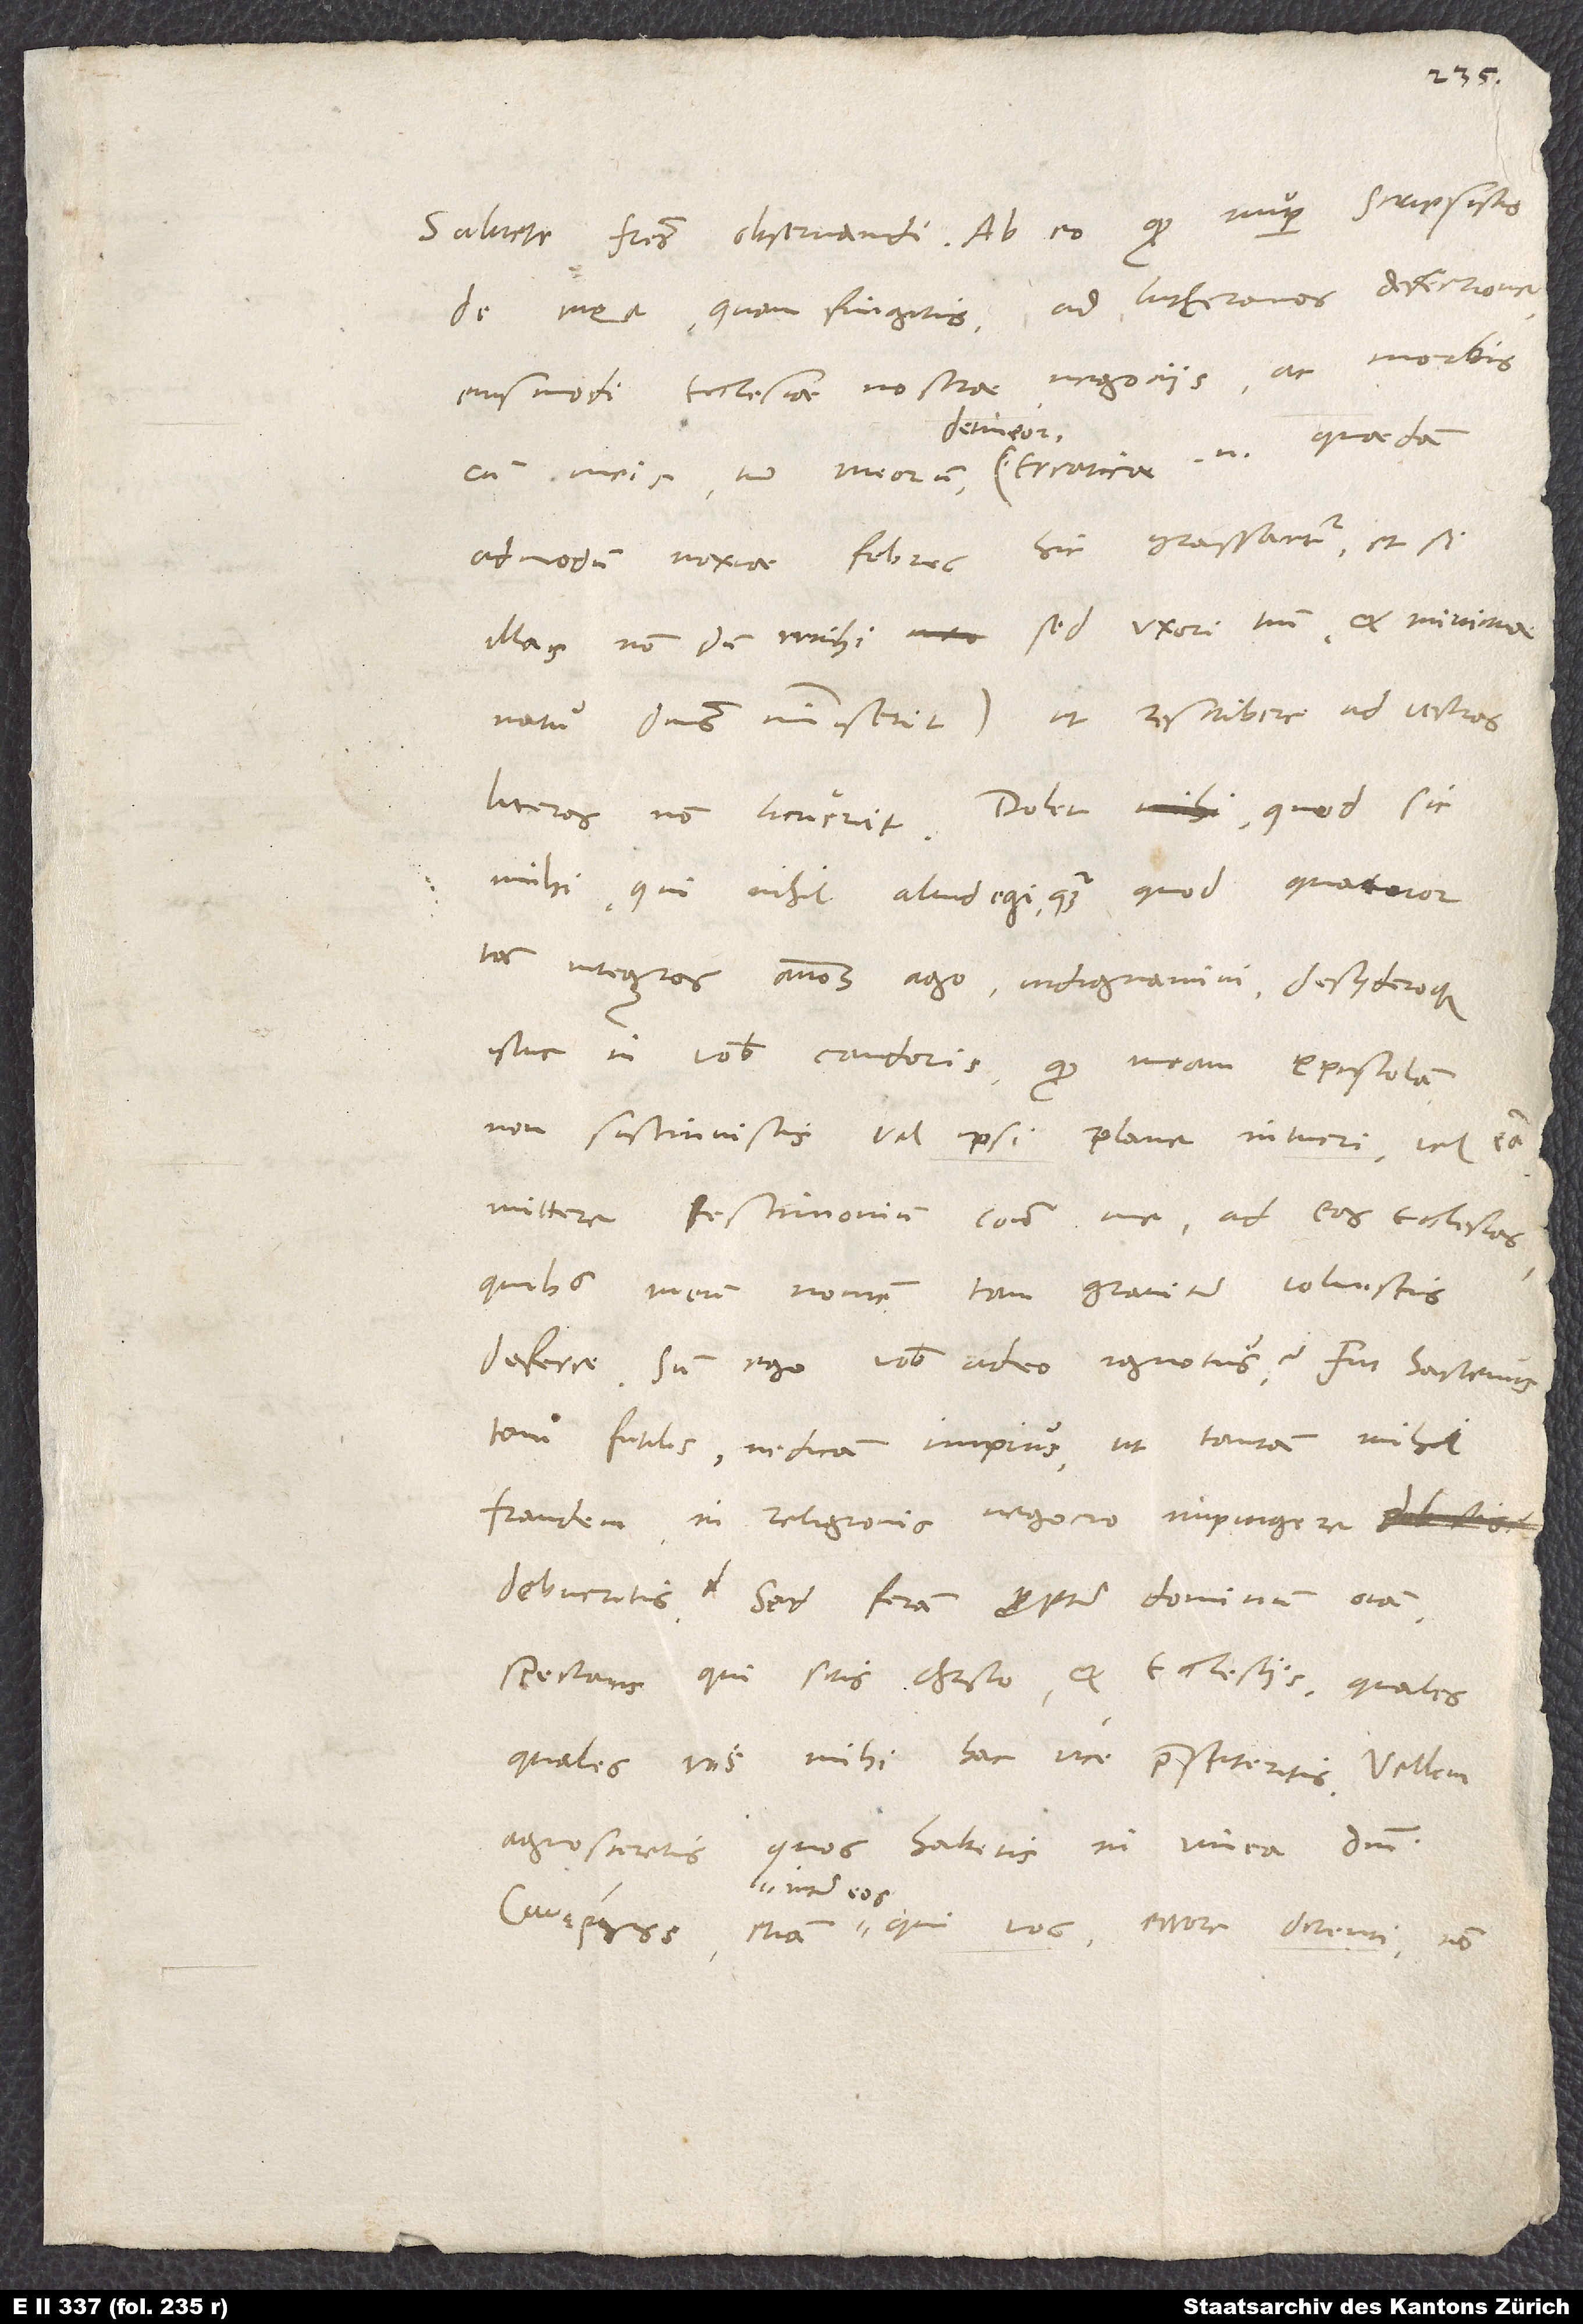
de mea quam fingetis ad Lutheranos defectione,
eiusmodi ecclesiae nostrae negotiis ac morbis
admodum noxiae febres hic grassantur, etsi
illas nondum mihi, sed uxori tamen et minimae
natu dominus immiserit -, ut rescribere ad vestras
literas non licuerit. Dolet, quod sic
mihi, qui nihil aliud egi, quam quod quatuor
iam integros annos ago, indignamini, desideroque
istuc in vobis candoris, quod meam epistolam
non sustinuistis vel ipsi plane intueri vel eam
mittere testimonium contra me ad eas ecclesias,
quibus meum nomen tam graviter voluistis
deferre. Sum ego vobis adeo ignotus? Fui hactenus
tam futilis, ne dicam impius, ut tantam mihi
fraudem in religionis negotio impingere
debueritis? Sed feram propter dominum omnia
spectans, qui sitis Christo et ecclesiis, qualesquales
vos mihi hac vice praestiteritis. Vellem
agnosceretis, quos habetis in vinea domini
qui vos errore detenti non